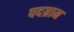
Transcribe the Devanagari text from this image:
पदग्राम